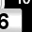
Digit: 6